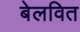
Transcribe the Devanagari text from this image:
बेलवित